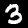
Label: 3